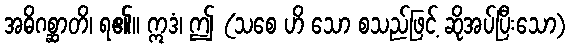
အဓိဂစ္ဆာတိ၊ ရ၏။ ဣဒံ၊ ဤ (သစေ ဟိ သော စသည်ဖြင့် ဆိုအပ်ပြီးသော)